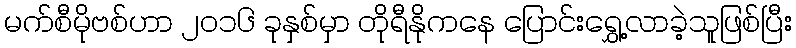
မက်စီမိုဗစ်ဟာ ၂၀၁၆ ခုနှစ်မှာ တိုရီနိုကနေ ပြောင်းရွှေ့လာခဲ့သူဖြစ်ပြီး